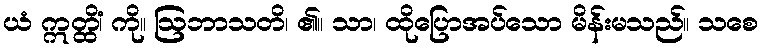
ယံ ဣတ္ထိံ၊ ကို။ ဩဘာသတိ၊ ၏။ သာ၊ ထိုပြောအပ်သော မိန်းမသည်။ သစေ